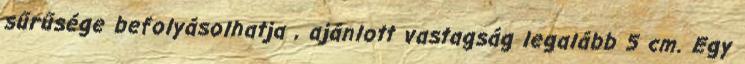
sűrűsége befolyásolhatja , ajánlott vastagság legalább 5 cm. Egy